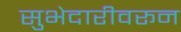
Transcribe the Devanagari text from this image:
सुभेदारीवरून